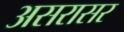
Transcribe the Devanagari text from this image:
असरासर